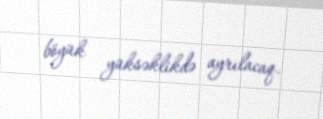
böyük yüksəklikdə ayrılacaq.